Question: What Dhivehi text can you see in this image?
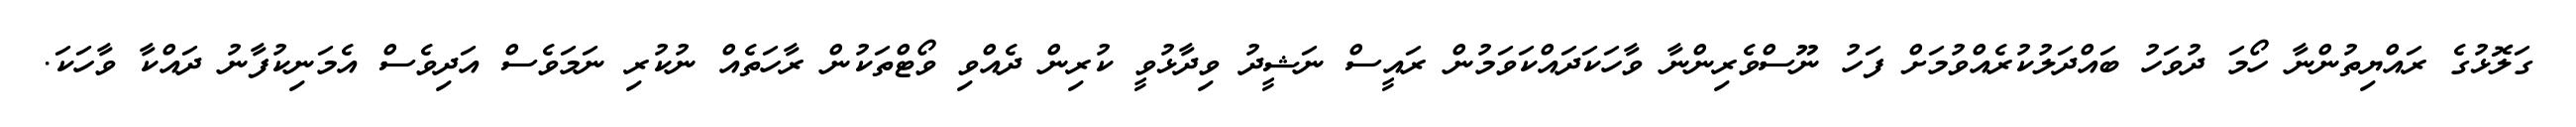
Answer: ގަލޮޅުގެ ރައްޔިތުންނާ ހޯމަ ދުވަހު ބައްދަލުކުރެއްވުމަށް ފަހު ނޫސްވެރިންނާ ވާހަކަދައްކަވަމުން ރައީސް ނަޝީދު ވިދާޅުވީ ކުރިން ދެއްވި ވޯޓްތަކުން ރާހަތެއް ނުކުރި ނަމަވެސް އަދިވެސް އެމަނިކުފާނު ދައްކާ ވާހަކަ.